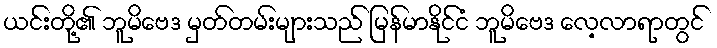
ယင်းတို့၏ ဘူမိဗေဒ မှတ်တမ်းများသည် မြန်မာနိုင်ငံ ဘူမိဗေဒ လေ့လာရာတွင်